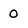
Character: O